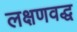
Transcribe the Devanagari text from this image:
लक्षणवद्ध